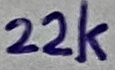
Text: 22k